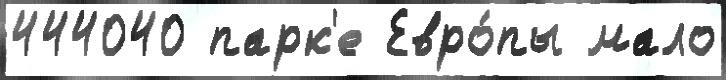
444040 парк'е Евро́пы мало